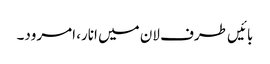
بائیں طرف لان میں انار، امرود۔